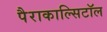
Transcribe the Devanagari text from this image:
पैराकाल्सिटॉल